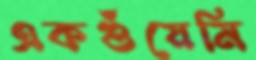
একগুঁয়েমি